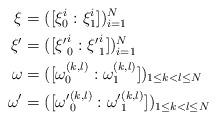
LaTeX: \begin{align*}\xi &= ([\xi_0^i: \xi_1^i])_{i=1}^N\\{\xi}' &= ([{\xi'}_0^i : {\xi'}_1^i])_{i=1}^N\\\omega &= ([\omega_0^{(k,l)} : \omega_1^{(k,l)}])_{1 \leq k<l\leq N} \\{\omega}' &= ([{\omega'}_0^{(k,l)} : {\omega'}_1^{(k,l)}])_{1 \leq k<l\leq N}\end{align*}